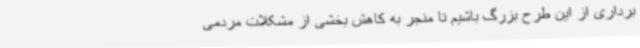
برداری از این طرح بزرگ باشیم تا منجر به کاهش بخشی از مشکلات مردمی